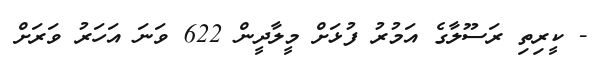
- ކީރިތި ރަސޫލާގެ އަމުރު ފުޅަށް މީލާދީން 622 ވަނަ އަހަރު ވަރަށް